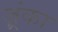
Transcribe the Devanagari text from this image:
ज़्रंका